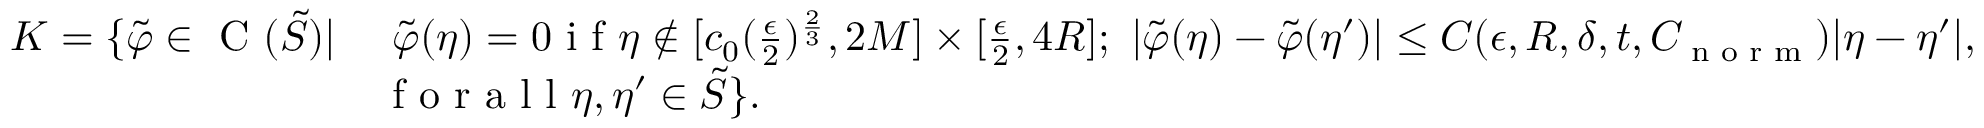
\begin{array} { r l } { K = \{ \tilde { \varphi } \in \textup { C } ( \tilde { S } ) | } & { \mathrm { ~ } \tilde { \varphi } ( \eta ) = 0 \textup { i f } \eta \not \in [ c _ { 0 } ( \frac { \epsilon } { 2 } ) ^ { \frac { 2 } { 3 } } , 2 M ] \times [ \frac { \epsilon } { 2 } , 4 R ] ; \mathrm { ~ } | \tilde { \varphi } ( \eta ) - \tilde { \varphi } ( \eta ^ { \prime } ) | \leq C ( \epsilon , R , \delta , t , C _ { \textup { n o r m } } ) | \eta - \eta ^ { \prime } | , } \\ & { \textup { f o r a l l } \eta , \eta ^ { \prime } \in \tilde { S } \} . } \end{array}